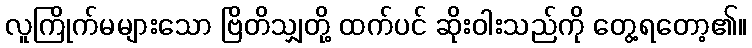
လူကြိုက်မများသော ဗြိတိသျှတို့ ထက်ပင် ဆိုးဝါးသည်ကို တွေ့ရတော့၏။